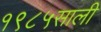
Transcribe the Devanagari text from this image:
१९८५साली